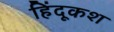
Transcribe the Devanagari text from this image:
हिंदूकश